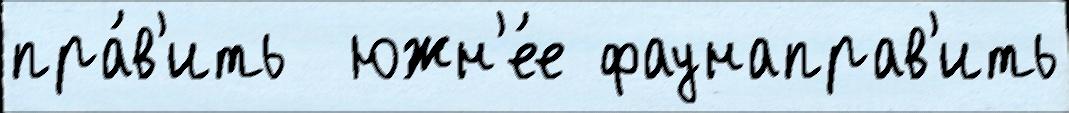
пра́в'ить  южн'е́е фаунаправ'ить